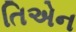
તિએન